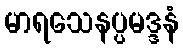
မာရသေနပ္ပမဒ္ဒနံ